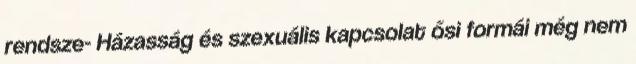
rendsze- Házasság és szexuális kapcsolat ősi formái még nem